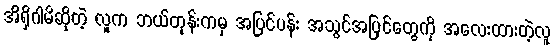
အိရှိဂါမိဆိုတဲ့ လူက ဘယ်တုန်းကမှ အပြင်ပန်း အသွင်အပြင်တွေကို အလေးထားတဲ့လူ